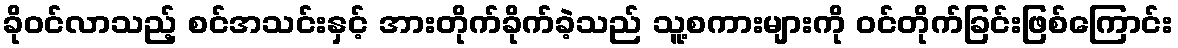
ခိုဝင်လာသည့် စင်အသင်းနှင့် အားတိုက်ခိုက်ခဲ့သည် သူ့စကားများကို ဝင်တိုက်ခြင်းဖြစ်ကြောင်း